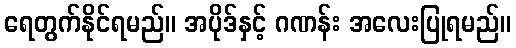
ရေတွက်နိုင်ရမည်။ အပိုဒ်နှင့် ဂဏန်း အလေးပြုရမည်။